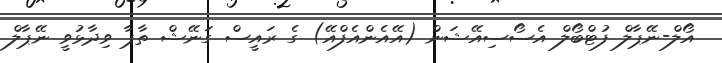
އޯލް-ނޭޕާލް ފުޓްބޯލް އެސޯސިއޭޝަން (އޭއެންއެފްއޭ) ގެ ރައީސް ގަނޭޝް ތާޕާ ވިދާޅުވީ ނޭޕާލް